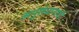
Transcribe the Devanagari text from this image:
अनुसंधानाची